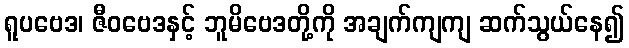
ရူပဗေဒ၊ ဇီဝဗေဒနှင့် ဘူမိဗေဒတို့ကို အချက်ကျကျ ဆက်သွယ်နေ၍